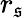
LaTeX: r_{\mathfrak{s}}